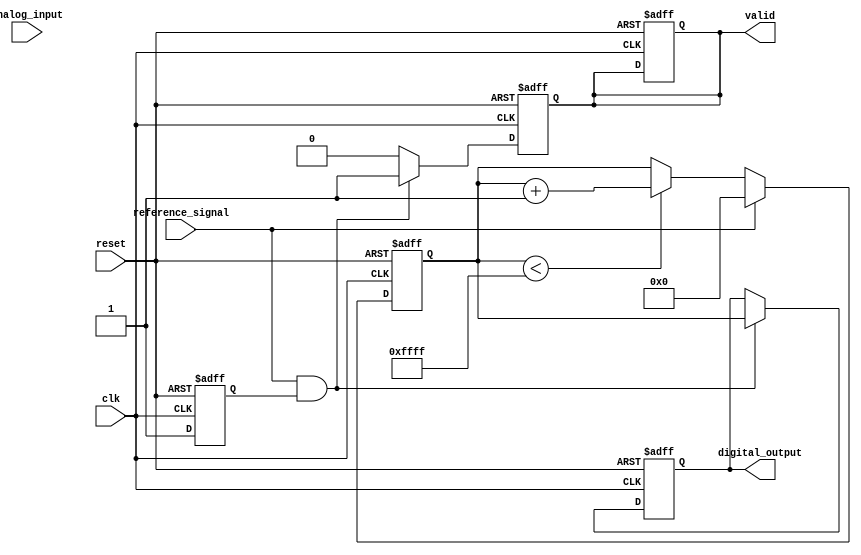
module ATDC (
    input wire clk,               // High-frequency clock
    input wire reset,             // Reset signal
    input wire analog_input,       // Analog input signal (should be sampled)
    input wire reference_signal,   // Timing reference signal
    output reg [15:0] digital_output, // 16-bit digital output
    output reg valid               // Output valid signal
);

    // Internal signals
    reg [15:0] counter;            // Time Measurement Unit (TMU) counter
    reg analog_sample;             // Sampled analog value
    reg sampling;                  // Sampling control signal

    // Sample-and-Hold Circuit (simple representation)
    always @(posedge clk or posedge reset) begin
        if (reset) begin
            analog_sample <= 0;
        end else if (sampling) begin
            analog_sample <= analog_input; // Capture the analog signal
        end
    end

    // Timing Generation and Counting
    always @(posedge clk or posedge reset) begin
        if (reset) begin
            counter <= 0;
            valid <= 0;
        end else if (reference_signal) begin
            // Start counting on reference signal
            counter <= 0; // Reset counter on reference signal
        end else if (counter < 16'hFFFF) begin
            counter <= counter + 1; // Count clock cycles
        end
    end

    // Quantization Logic
    always @(posedge clk or posedge reset) begin
        if (reset) begin
            digital_output <= 0;
            valid <= 0;
        end else if (reference_signal && sampling) begin
            // Convert counter value to digital output
            digital_output <= counter; // Output the counted value
            valid <= 1;                // Indicate valid output
        end else begin
            valid <= 0;                // Reset valid signal
        end
    end

    // Control Logic
    always @(posedge clk or posedge reset) begin
        if (reset) begin
            sampling <= 0;
        end else begin
            // Control sampling based on some condition or external signal
            sampling <= 1; // Example: Always sample (for demo purposes)
        end
    end

endmodule